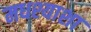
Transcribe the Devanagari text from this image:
मधश्याशा